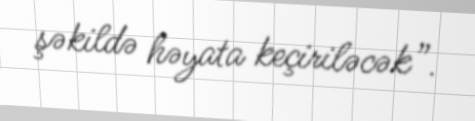
şəkildə həyata keçiriləcək”.